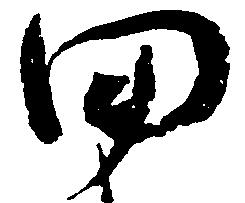
田